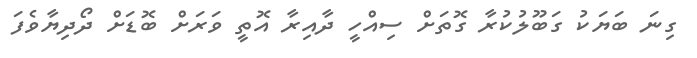
ގިނަ ބަޔަކު ގަބޫލުކުރާ ގޮތަށް ސިއްހީ ދާއިރާ އޮތީ ވަރަށް ބޮޑަށް ދޯދިޔާވެފަ